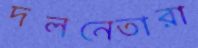
দলনেতারা